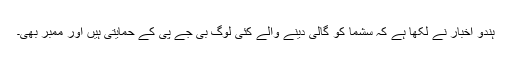
ہندو اخبار نے لکھا ہے کہ سشما کو گالی دینے والے کئی لوگ بی جے پی کے حمایتی ہیں اور ممبر بھی۔